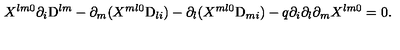
X ^ { l m 0 } \partial _ { i } \mathrm { D } ^ { l m } - \partial _ { m } ( X ^ { m l 0 } \mathrm { D } _ { l i } ) - \partial _ { l } ( X ^ { m l 0 } \mathrm { D } _ { m i } ) - q { } \partial _ { i } \partial _ { l } \partial _ { m } X ^ { l m 0 } = 0 .